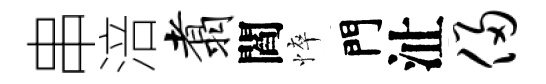
串涪翥閻悴門沚侵